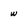
Character: w